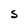
Character: S